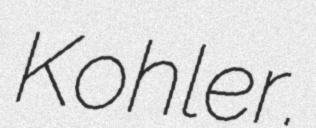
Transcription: Kohler.